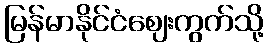
မြန်မာနိုင်ငံဈေးကွက်သို့